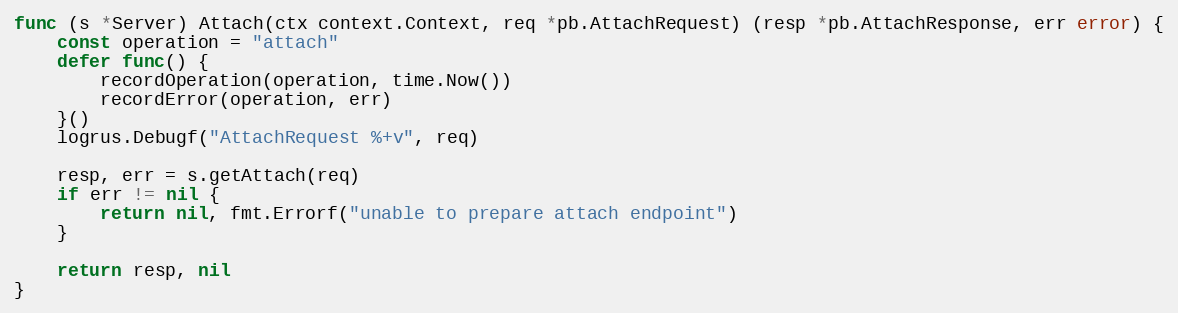
Language: Go
func (s *Server) Attach(ctx context.Context, req *pb.AttachRequest) (resp *pb.AttachResponse, err error) {
	const operation = "attach"
	defer func() {
		recordOperation(operation, time.Now())
		recordError(operation, err)
	}()
	logrus.Debugf("AttachRequest %+v", req)

	resp, err = s.getAttach(req)
	if err != nil {
		return nil, fmt.Errorf("unable to prepare attach endpoint")
	}

	return resp, nil
}